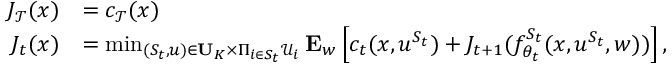
\begin{array} { r l } { J _ { \mathcal { T } } ( x ) } & { = c _ { \mathcal { T } } ( x ) } \\ { J _ { t } ( x ) } & { = \operatorname* { m i n } _ { ( S _ { t } , u ) \in \mathbf { U } _ { K } \times \Pi _ { i \in S _ { t } } \mathcal { U } _ { i } } \mathbf { E } _ { w } \left[ c _ { t } ( x , u ^ { S _ { t } } ) + J _ { t + 1 } ( f _ { \theta _ { t } } ^ { S _ { t } } ( x , u ^ { S _ { t } } , w ) ) \right] , } \end{array}